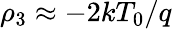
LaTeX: \rho_{3}\approx-2kT_{0}/q